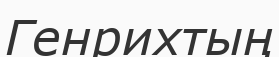
Генрихтың